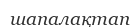
шапалақтап